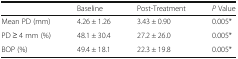
|  | Baseline | Post-Treatment | P Value |
 | --- | --- | --- | --- |
 | Mean PD (mm) | 4.26 ± 1.26 | 3.43 ± 0.90 | 0.005* |
 | PD ≥ 4 mm (%) | 48.1 ± 30.4 | 27.2 ± 26.0 | 0.005* |
 | BOP (%) | 49.4 ± 18.1 | 22.3 ± 19.8 | 0.005* |